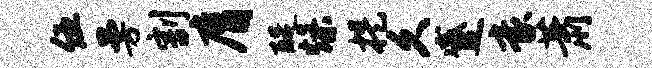
伍曼割膺醍燥提久蹙豪萧